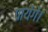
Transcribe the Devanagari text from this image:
पायेंगें।